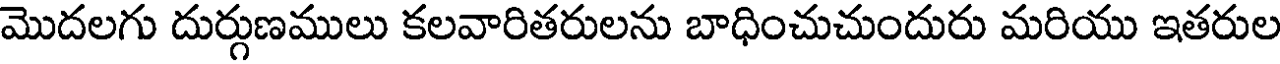
మొదలగు దుర్గుణములు కలవారితరులను బాధించుచుందురు మరియు ఇతరుల